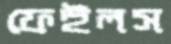
ফেইলস